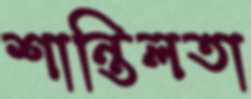
শান্তিলতা